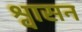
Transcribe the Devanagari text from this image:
श्वासन